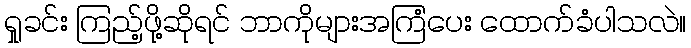
ရှုခင်း ကြည့်ဖို့ဆိုရင် ဘာကိုများအကြံပေး ထောက်ခံပါသလဲ။